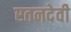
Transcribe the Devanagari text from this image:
रतनदेवी